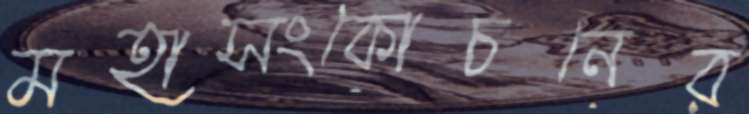
মহাসংকোচনের